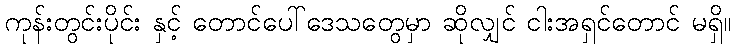
ကုန်းတွင်းပိုင်း နှင့် တောင်ပေါ်ဒေသတွေမှာ ဆိုလျှင် ငါးအရှင်တောင် မရှိ။